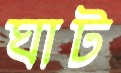
ঘাট